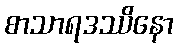
စာသာရဒဿိနော